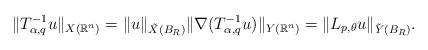
LaTeX: \begin{align*} \|T_{\alpha,q}^{-1}u\|_{X(\mathbb{R}^n)}= \|u\|_{\tilde{X}(B_R)} \|\nabla (T_{\alpha,q}^{-1}u)\|_{Y(\mathbb{R}^n)} = \|L_{p,\theta} u\|_{\tilde{Y}(B_R)}.\end{align*}